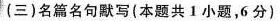
(三)名篇名句默写(本题共1小题，6分)